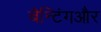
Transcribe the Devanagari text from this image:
बैन्टिंगऔर